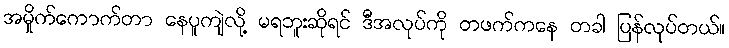
အမှိုက်ကောက်တာ နေပူကျဲလို့ မရဘူးဆိုရင် ဒီအလုပ်ကို တဖက်ကနေ တခါ ပြန်လုပ်တယ်။